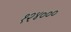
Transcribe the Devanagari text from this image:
१२४०००